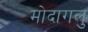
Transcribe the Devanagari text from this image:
मोदागलु